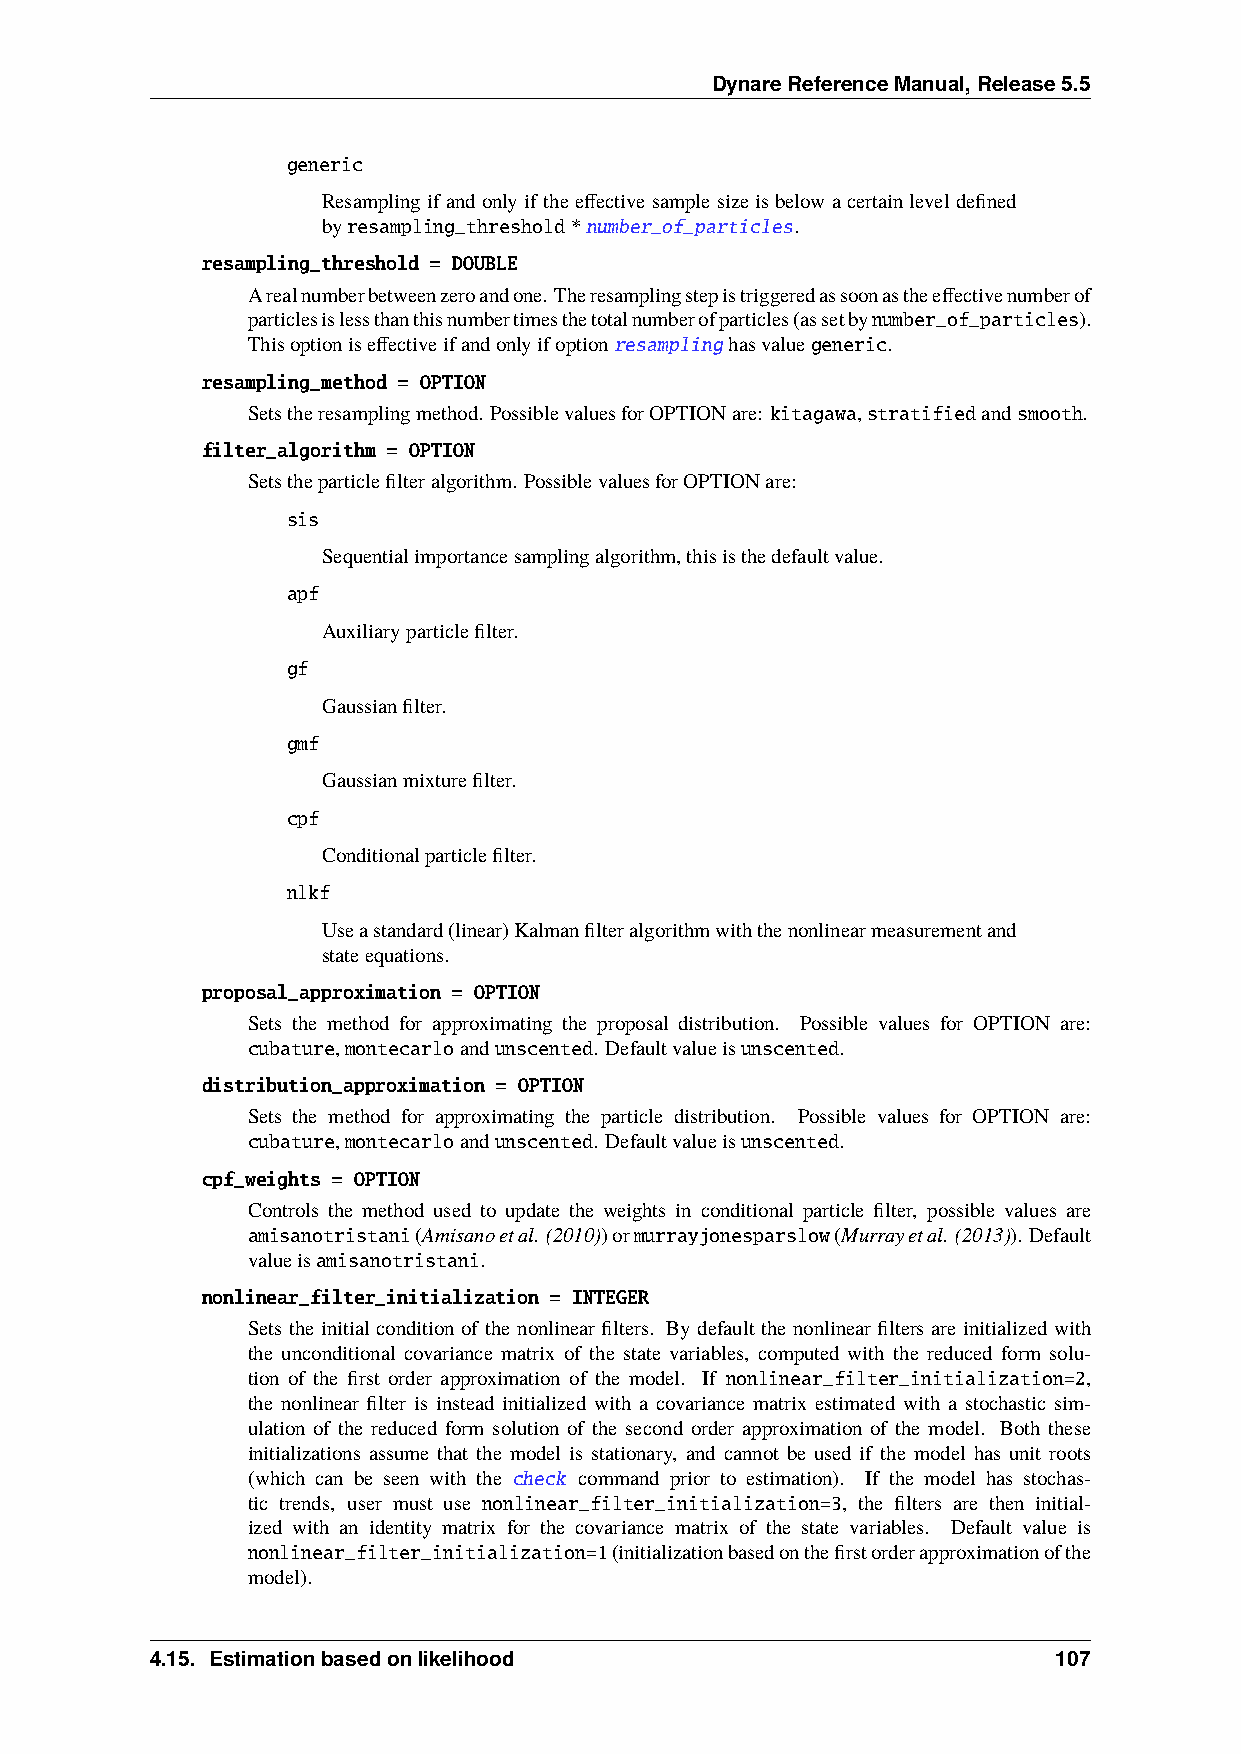
DynareReferenceManual,Release5.5
 generic
 Resamplingifandonlyiftheeffectivesamplesizeisbelowacertainleveldefined
 byresampling_threshold*number_of_particles.
 resampling_threshold = DOUBLE
 Arealnumberbetweenzeroandone. Theresamplingstepistriggeredassoonastheeffectivenumberof
 particlesislessthanthisnumbertimesthetotalnumberofparticles(assetbynumber_of_particles).
 Thisoptioniseffectiveifandonlyifoptionresamplinghasvaluegeneric.
 resampling_method = OPTION
 Setstheresamplingmethod. PossiblevaluesforOPTIONare: kitagawa,stratifiedandsmooth.
 filter_algorithm = OPTION
 Setstheparticlefilteralgorithm. PossiblevaluesforOPTIONare:
 sis
 Sequentialimportancesamplingalgorithm,thisisthedefaultvalue.
 apf
 Auxiliaryparticlefilter.
 gf
 Gaussianfilter.
 gmf
 Gaussianmixturefilter.
 cpf
 Conditionalparticlefilter.
 nlkf
 Useastandard(linear)Kalmanfilteralgorithmwiththenonlinearmeasurementand
 stateequations.
 proposal_approximation = OPTION
 Sets the method for approximating the proposal distribution. Possible values for OPTION are:
 cubature,montecarloandunscented. Defaultvalueisunscented.
 distribution_approximation = OPTION
 Sets the method for approximating the particle distribution. Possible values for OPTION are:
 cubature,montecarloandunscented. Defaultvalueisunscented.
 cpf_weights = OPTION
 Controls the method used to update the weights in conditional particle filter, possible values are
 amisanotristani(Amisanoetal. (2010))ormurrayjonesparslow(Murrayetal. (2013)). Default
 valueisamisanotristani.
 nonlinear_filter_initialization = INTEGER
 Sets the initial condition of the nonlinear filters. By default the nonlinear filters are initialized with
 the unconditional covariance matrix of the state variables, computed with the reduced form solu-
 tion of the first order approximation of the model. If nonlinear_filter_initialization=2,
 the nonlinear filter is instead initialized with a covariance matrix estimated with a stochastic sim-
 ulation of the reduced form solution of the second order approximation of the model. Both these
 initializations assume that the model is stationary, and cannot be used if the model has unit roots
 (which can be seen with the check command prior to estimation). If the model has stochas-
 tic trends, user must use nonlinear_filter_initialization=3, the filters are then initial-
 ized with an identity matrix for the covariance matrix of the state variables. Default value is
 nonlinear_filter_initialization=1(initializationbasedonthefirstorderapproximationofthe
 model).
 4.15. Estimationbasedonlikelihood                           107